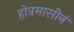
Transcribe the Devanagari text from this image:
होत्रमासीनं